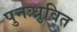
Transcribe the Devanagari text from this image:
पुनःध्रुवित